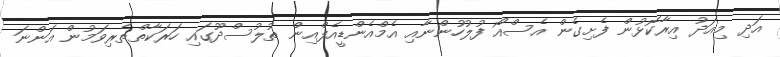
އަދި މިއަދު އިރާކޮޅުން ފެށިގެން އެސްއޯ ފުލުހުންނާއި އެމްއެންޑީއެފްއިން ތުލުސްދޫގައި ހަރަކާތްތެރިވަމުން އަންނަ